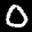
Label: 0